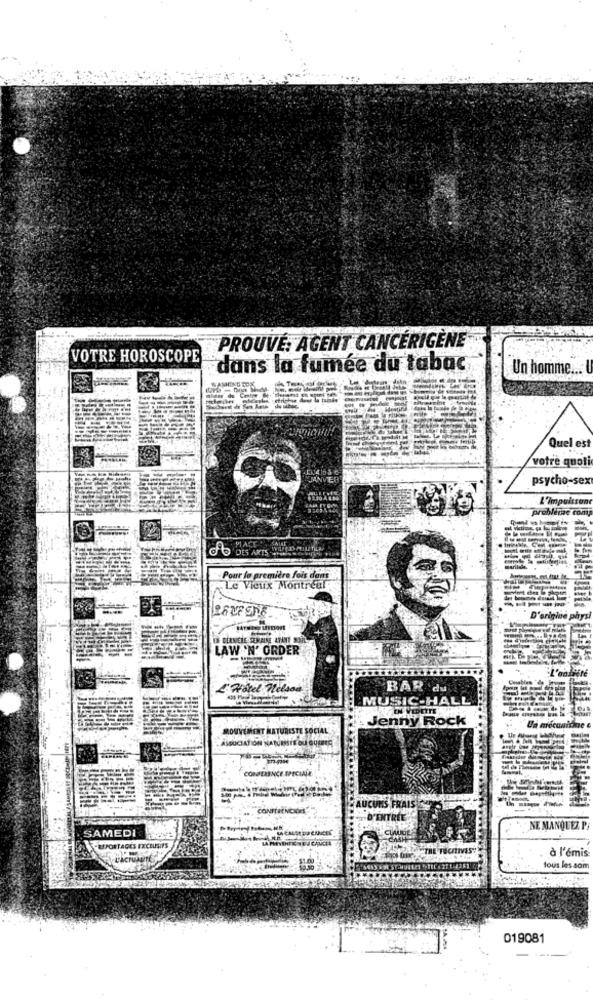
PROUVÉ: AGENT CANCÉRIGÈNE
VOTRE HOROSCOPE
dans la fumée du tabac
Un homme ... U
Quel est
votre quoti
psycho-sex
L'Impuissant
problemse comp
PIACE SAN
do
DES ARTS WOULD ALLETIEN
Pour la première fois dans
Le Vieux Montreal
D'origine physi
IN CLEVELE SEMAINE AYANT SOON
LAW 'N' ORDER
BAR du
MUSIC-HALL
Jenny Rock
MOUVEMENT NATURISTE SOCIALE
ASSOCIATION NATURMIE OU QUERES
CONFERENCE SPECIALE
AUCUNS FRAIS
"ENTRÉE
SAMEDI
NE MANQUEZ P
REPORTAGES EXCLUSIFS
TecrLIVES
à l'émis
tous les som
019081